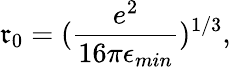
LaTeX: \mathfrak{r}_{0}=(\frac{{e^{2}}}{{16\pi\epsilon_{min}}})^{1/3},